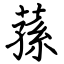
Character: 蓀